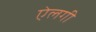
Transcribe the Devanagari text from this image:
ऐलगी